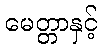
မေတ္တာနှင့်